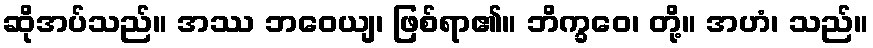
ဆိုအပ်သည်။ အဿ ဘဝေယျ၊ ဖြစ်ရာ၏။ ဘိက္ခဝေ၊ တို့။ အဟံ၊ သည်။